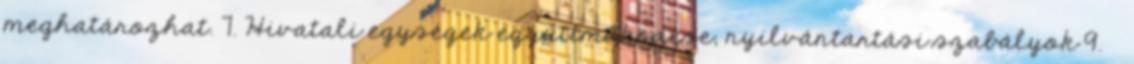
meghatározhat. 7. Hivatali egységek együttműködése, nyilvántartási szabályok 9. §